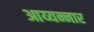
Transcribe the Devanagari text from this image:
आय्यन्नार